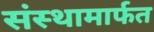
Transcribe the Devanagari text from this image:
संस्थामार्फत